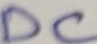
Text: DC